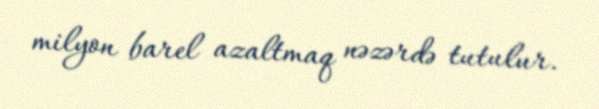
milyon barel azaltmaq nəzərdə tutulur.